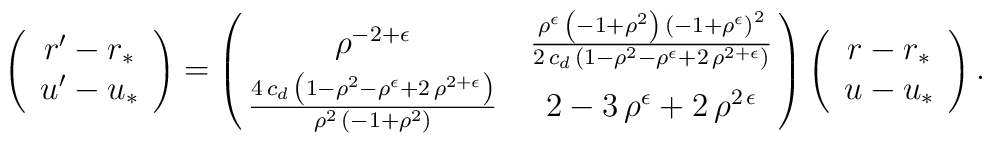
\left(\begin{array}{c}r'-r_* \\ u'-u_* \end{array} \right)=\left(\matrix{ {{\rho }^{-2 + \epsilon}} & {{{{\rho }^\epsilon}\,\left( -1 + {{\rho }^2} \right) \,{{\left( -1 + {{\rho }^\epsilon} \right) }^2}}\over {2\,c_d\,\left( 1 - {{\rho }^2} - {{\rho }^\epsilon} +2\,{{\rho }^{2 + \epsilon}} \right) }} \cr {{4\,c_d\,\left( 1 - {{\rho }^2} - {{\rho }^\epsilon} + 2\,{{\rho }^{2 + \epsilon}} \right) }\over \rho^2\, (-1+\rho^2) } & 2 - 3\,{{\rho }^\epsilon} + 2\,{{\rho }^{2\,\epsilon}} \cr  }\right)\left(\begin{array}{c}r-r_* \\ u-u_*\end{array}\right)  .